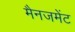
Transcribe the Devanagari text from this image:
मैनजमेंट